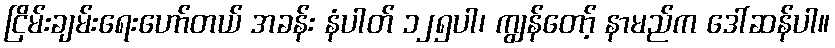
ငြိမ်းချမ်းရေးဟော်တယ် အခန်း နံပါတ် ၁၂၅ပါ၊ ကျွန်တော့် နာမည်က ဒေါ်ဆန်ပါ။